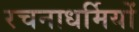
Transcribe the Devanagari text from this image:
रचनाधर्मियों